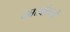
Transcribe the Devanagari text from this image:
कारबोल्लो